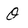
Character: O